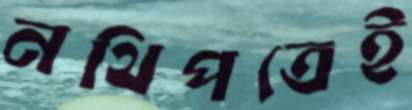
নথিপত্রেই